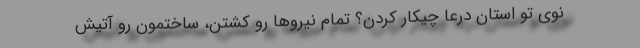
نوی تو استان درعا چیکار کردن؟ تمام نیروها رو کشتن، ساختمون رو آتیش